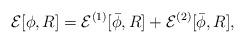
LaTeX: \begin{align*}{\cal E}[\phi,R]={\cal E}^{(1)}[\bar{\phi},R]+{\cal E}^{(2)}[\bar{\phi},R],\end{align*}